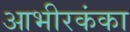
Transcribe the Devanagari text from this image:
आभीरकंका